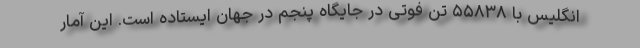
انگلیس با ۵۵۸۳۸ تن فوتی در جایگاه پنجم در جهان ایستاده است. این آمار